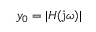
y _ { 0 } = | H ( \mathrm { j } \omega ) |